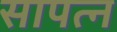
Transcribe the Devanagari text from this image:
सापत्न